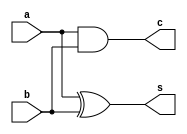
`timescale 1ns / 1ps
//////////////////////////////////////////////////////////////////////////////////
// Company: 
// Engineer: 
// 
// Design Name: 
// Module Name:    h_add 
// Project Name: 
// Target Devices: 
// Tool versions: 
// Description: 
//
// Dependencies: 
//
// Revision: 
// Revision 0.01 - File Created
// Additional Comments: 
//
//////////////////////////////////////////////////////////////////////////////////
module h_add(
    input a,
    input b,
    output s,
    output c
    );

xor g1(s,a,b);
and g2(c,a,b);
endmodule